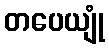
တပေယျုံ